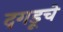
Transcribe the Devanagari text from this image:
दगडूचे